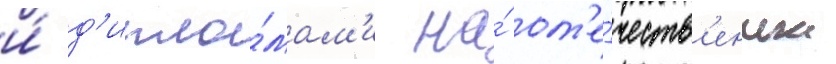
и́ д'ипло́мам'и на́ от'е́честв'енных